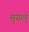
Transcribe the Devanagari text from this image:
मुगल्